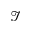
\mathcal { I }